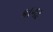
કાગઢ